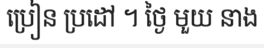
ប្រៀន ប្រដៅ ។ ថ្ងៃ មួយ នាង